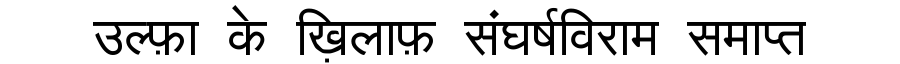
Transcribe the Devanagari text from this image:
उल्फ़ा के ख़िलाफ़ संघर्षविराम समाप्त